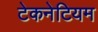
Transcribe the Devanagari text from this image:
टेकनेटियम